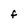
Character: f